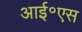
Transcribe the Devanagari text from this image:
आई॰एस